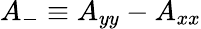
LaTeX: A_{-}\equiv A_{yy}-A_{xx}